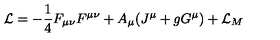
{ \cal L } = - \frac { 1 } { 4 } F _ { \mu \nu } F ^ { \mu \nu } + A _ { \mu } ( J ^ { \mu } + g G ^ { \mu } ) + { \cal L } _ { M }